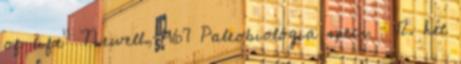
of life” Newell, 1967 Paleobiológia speci – 12. hét